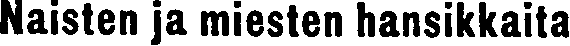
Naisten ja miesten hansikkaita